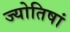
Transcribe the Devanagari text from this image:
ज्योतिषां